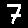
Digit: 7